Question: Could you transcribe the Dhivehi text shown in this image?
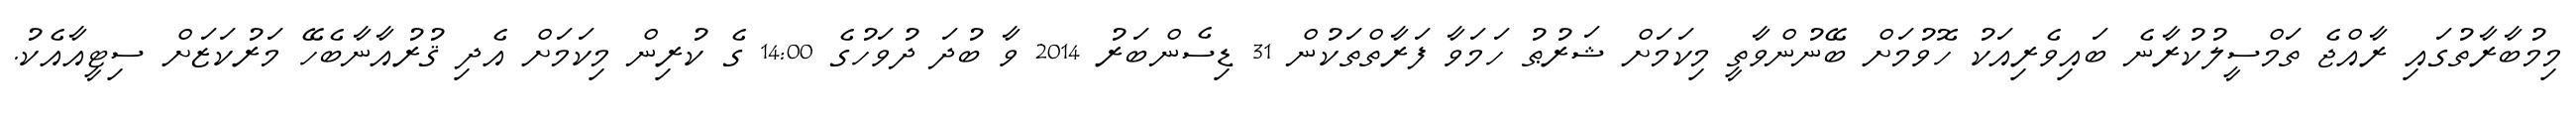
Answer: މިމުބާރާތުގައި ރާއްޖެ ތަމްސީލުކުރާނެ ބައިވެރިއަކު ހޮވުމަށް ބޭނުންވާތީ މިކަމަށް ޝަރުޠު ހަމަވާ ފަރާތްތަކުން 31 ޑިސެންބަރު 2014 ވާ ބުދަ ދުވަހުގެ 14:00 ގެ ކުރިން މިކަމަށް އެދި ޤުރުއާނާބެހޭ މަރުކަޒަށް ސިޓީއާއެކު.